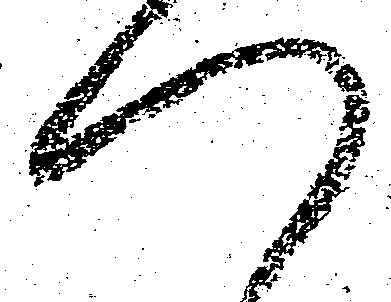
つ